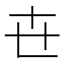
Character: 㔺